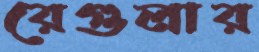
রেগুলার